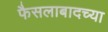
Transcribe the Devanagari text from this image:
फैसलाबादच्या